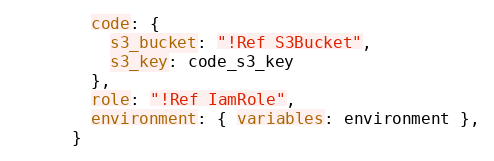
Language: Ruby
        code: {
          s3_bucket: "!Ref S3Bucket",
          s3_key: code_s3_key
        },
        role: "!Ref IamRole",
        environment: { variables: environment },
      }